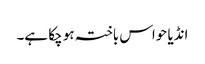
انڈیا حواس باختہ ہو چکا ہے۔